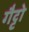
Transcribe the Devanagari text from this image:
गैट्टो